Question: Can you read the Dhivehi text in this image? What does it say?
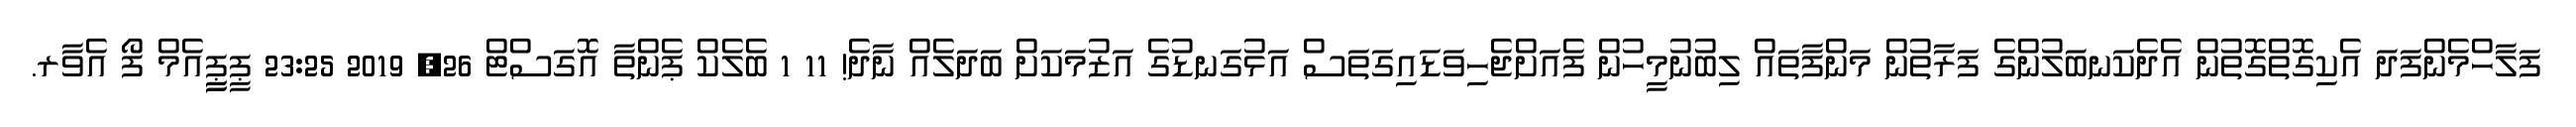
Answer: ފަލާހްމެންފަދަ އެކިގޮތްގޮތުން އެދެކަނބަލުންގެ ފަރާތުން މަންފާތައް ލިބުނުމީހުން ފެއަށްޖެހިވަޑައިގަތަސް އަޅުގަނޑުގެ އަޒުމަކަށް ބަދަލެއް ނާދެ! 11 1 ބެލެކް ޕެންތާ އޮގަސްޓް 26, 2019 23:25 ޕީޕީީއެމް ފޯ އެވާރ.